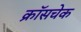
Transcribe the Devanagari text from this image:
क्रॉसचेक